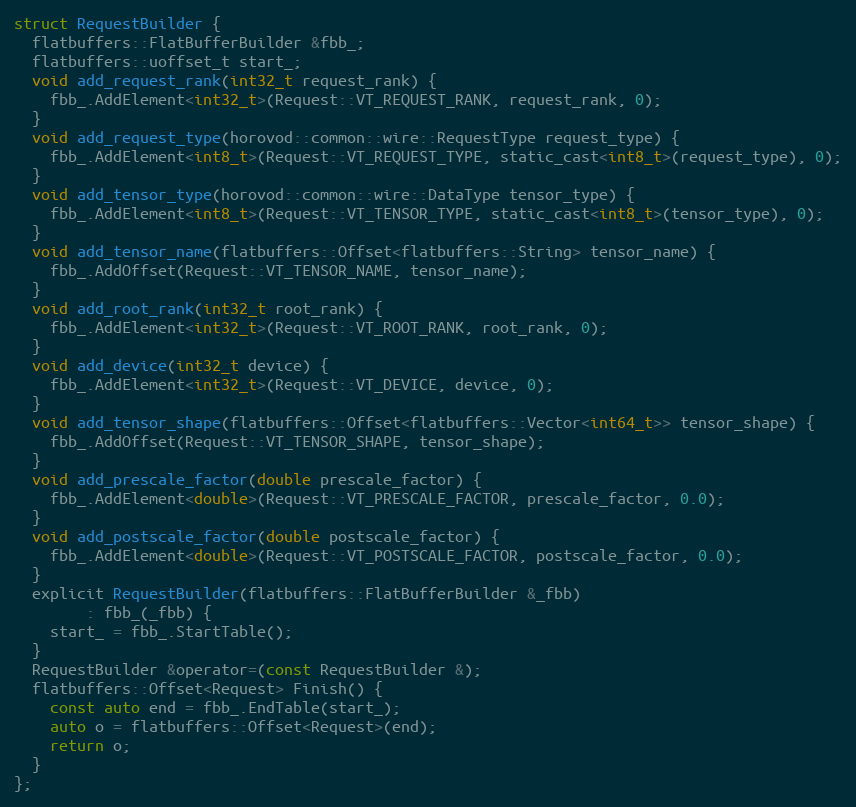
Language: C
struct RequestBuilder {
  flatbuffers::FlatBufferBuilder &fbb_;
  flatbuffers::uoffset_t start_;
  void add_request_rank(int32_t request_rank) {
    fbb_.AddElement<int32_t>(Request::VT_REQUEST_RANK, request_rank, 0);
  }
  void add_request_type(horovod::common::wire::RequestType request_type) {
    fbb_.AddElement<int8_t>(Request::VT_REQUEST_TYPE, static_cast<int8_t>(request_type), 0);
  }
  void add_tensor_type(horovod::common::wire::DataType tensor_type) {
    fbb_.AddElement<int8_t>(Request::VT_TENSOR_TYPE, static_cast<int8_t>(tensor_type), 0);
  }
  void add_tensor_name(flatbuffers::Offset<flatbuffers::String> tensor_name) {
    fbb_.AddOffset(Request::VT_TENSOR_NAME, tensor_name);
  }
  void add_root_rank(int32_t root_rank) {
    fbb_.AddElement<int32_t>(Request::VT_ROOT_RANK, root_rank, 0);
  }
  void add_device(int32_t device) {
    fbb_.AddElement<int32_t>(Request::VT_DEVICE, device, 0);
  }
  void add_tensor_shape(flatbuffers::Offset<flatbuffers::Vector<int64_t>> tensor_shape) {
    fbb_.AddOffset(Request::VT_TENSOR_SHAPE, tensor_shape);
  }
  void add_prescale_factor(double prescale_factor) {
    fbb_.AddElement<double>(Request::VT_PRESCALE_FACTOR, prescale_factor, 0.0);
  }
  void add_postscale_factor(double postscale_factor) {
    fbb_.AddElement<double>(Request::VT_POSTSCALE_FACTOR, postscale_factor, 0.0);
  }
  explicit RequestBuilder(flatbuffers::FlatBufferBuilder &_fbb)
        : fbb_(_fbb) {
    start_ = fbb_.StartTable();
  }
  RequestBuilder &operator=(const RequestBuilder &);
  flatbuffers::Offset<Request> Finish() {
    const auto end = fbb_.EndTable(start_);
    auto o = flatbuffers::Offset<Request>(end);
    return o;
  }
};